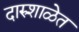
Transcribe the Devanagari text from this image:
दारुशाळेत